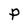
Character: P